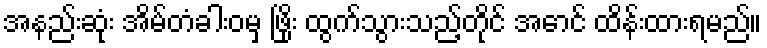
အနည်းဆုံး အိမ်တံခါးဝမှ ဖြိုး ထွက်သွားသည့်တိုင် အောင် ထိန်းထားရမည်။